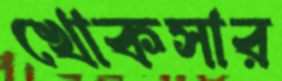
খোকসার